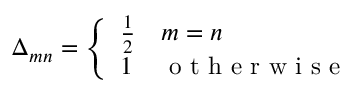
\Delta _ { m n } = \left\{ \begin{array} { l l } { \frac { 1 } { 2 } } & { m = n } \\ { 1 } & { \mathrm { ~ o ~ t ~ h ~ e ~ r ~ w ~ i ~ s ~ e ~ } } \end{array} \right.